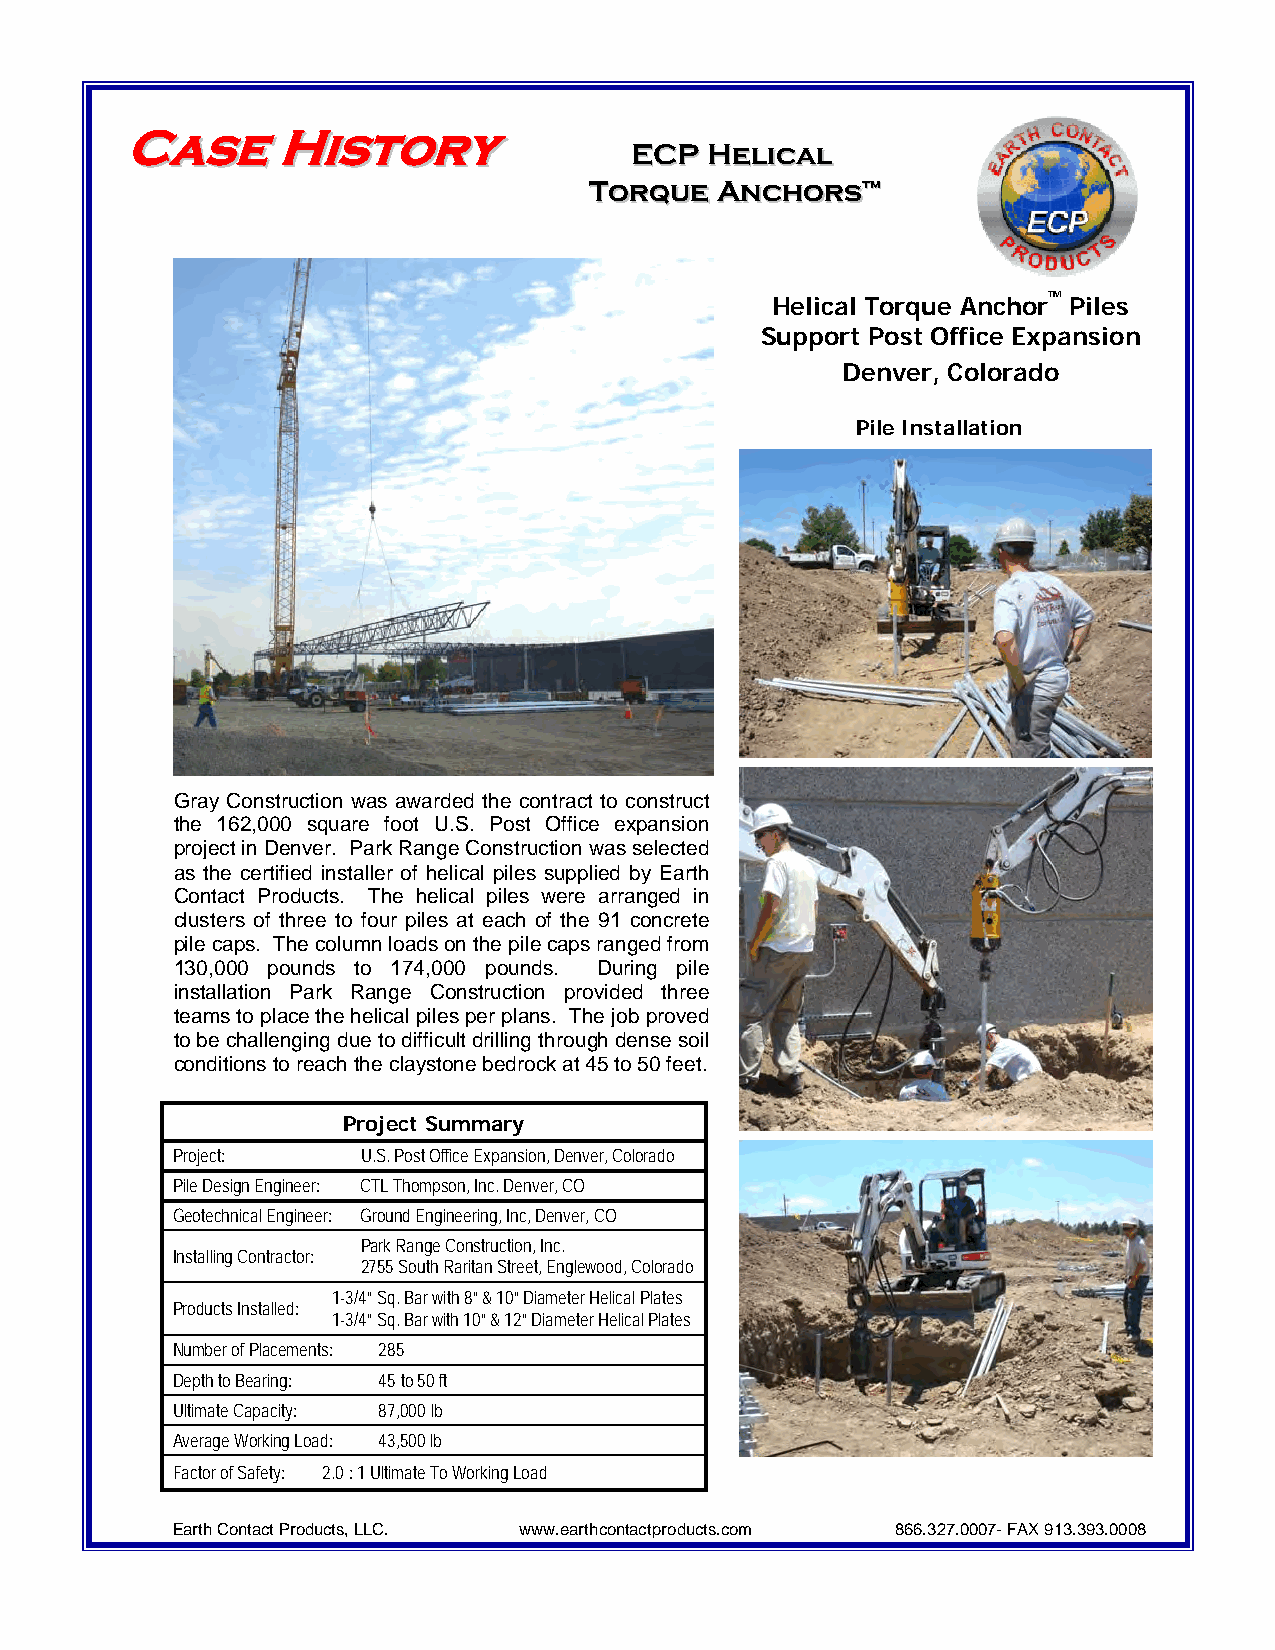
CCaassee  HHiissttoorryy
 EECCPP HHeelliiccaall
 TToorrqquuee AAnncchhoorrss™™
 Helical Torque Anchor™ Piles
 Support Post Office Expansion
 Denver, Colorado
 Pile Installation
 Gray Construction was awarded the contract to construct
 the 162,000 square foot U.S. Post Office expansion
 project in Denver. Park Range Construction was selected
 as the certified installer of helical piles supplied by Earth
 Contact Products. The helical piles were arranged in
 clusters of three to four piles at each of the 91 concrete
 pile caps. The column loads on the pile caps ranged from
 130,000 pounds to 174,000 pounds. During pile
 installation Park Range Construction provided three
 teams to place the helical piles per plans. The job proved
 to be challenging due to difficult drilling through dense soil
 conditions to reach the claystone bedrock at 45 to 50 feet.
 Project Summary
 Project:     U.S. Post Office Expansion, Denver, Colorado
 Pile Design Engineer: CTL Thompson, Inc. Denver, CO
 Geotechnical Engineer: Ground Engineering, Inc, Denver, CO
 Park Range Construction, Inc.
 Installing Contractor:
 2755 South Raritan Street, Englewood, Colorado
 1-3/4” Sq. Bar with 8” & 10” Diameter Helical Plates
 Products Installed:
 1-3/4” Sq. Bar with 10” & 12” Diameter Helical Plates
 Number of Placements: 285
 Depth to Bearing: 45 to 50 ft
 Ultimate Capacity: 87,000 lb
 Average Working Load: 43,500 lb
 Factor of Safety: 2.0 : 1 Ultimate To Working Load
 Earth Contact Products, LLC. www.earthcontactproducts.com 866.327.0007- FAX 913.393.0008